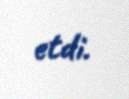
etdi.